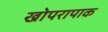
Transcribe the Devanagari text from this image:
खोपरापाक